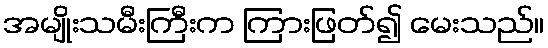
အမျိုးသမီးကြီးက ကြားဖြတ်၍ မေးသည်။